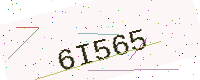
Text: 6I565